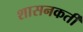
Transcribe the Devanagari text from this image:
शासनकर्ती